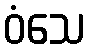
ဝံသေ